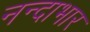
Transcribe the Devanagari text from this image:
नन्दाभार